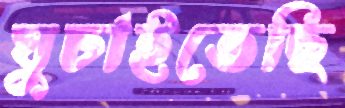
ঘুচাইতেছি